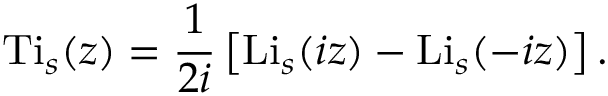
\operatorname { T i } _ { s } ( z ) = { \frac { 1 } { 2 i } } \left[ \operatorname { L i } _ { s } ( i z ) - \operatorname { L i } _ { s } ( - i z ) \right] .